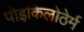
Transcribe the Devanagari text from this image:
पोइकिलोठेर्म